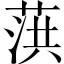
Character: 葓